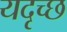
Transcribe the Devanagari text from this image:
यदृच्छ